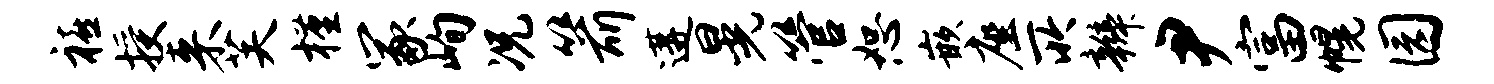
禧授来芙槿冢峋况箭遘晃管恕嵌座所辫尹富幌园